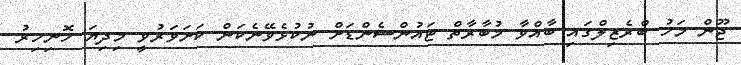
ޖޫން މަހު ބްރެޒިލްގައި ބާއްވާ މުބާރާތް ޓައުންސެންޑަށް ނުކުޅެވޭނެކަން ކަށަވަރުވީ މިދިޔަ ހޮނިހިރު